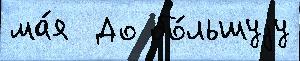
ма́я  До бо́льшуjу